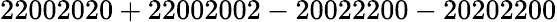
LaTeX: \mathrm{22002020+22002002-20022200-20202200}